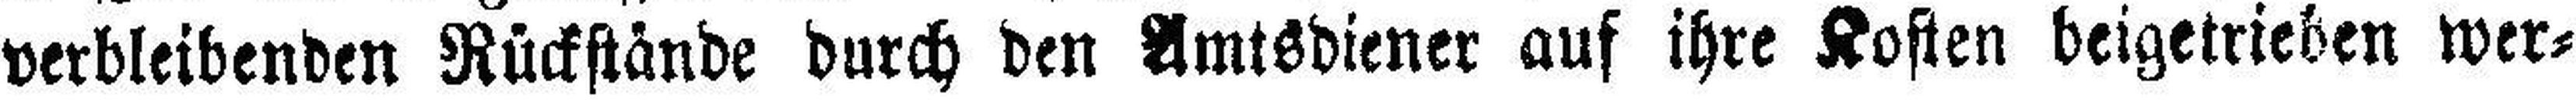
verbleibenden Rückstände durch den Amtsdiener auf ihre Kosten beigetrieben wer¬